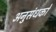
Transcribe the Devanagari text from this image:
अनुसंधकों